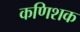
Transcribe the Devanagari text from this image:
कणिशक